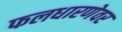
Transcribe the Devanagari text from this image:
फलधारणेवर